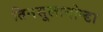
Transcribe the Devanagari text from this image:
तिनसूलानोन्डा